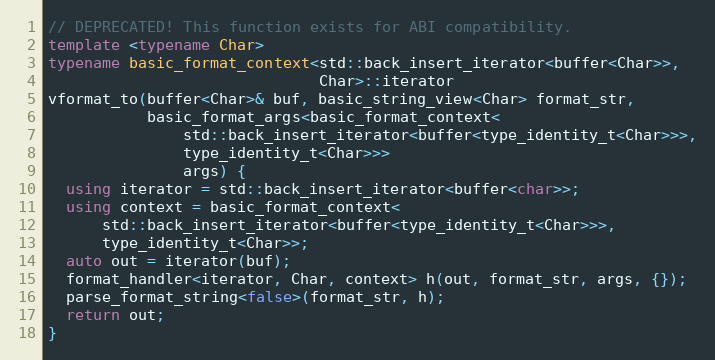
Language: C++
// DEPRECATED! This function exists for ABI compatibility.
template <typename Char>
typename basic_format_context<std::back_insert_iterator<buffer<Char>>,
                              Char>::iterator
vformat_to(buffer<Char>& buf, basic_string_view<Char> format_str,
           basic_format_args<basic_format_context<
               std::back_insert_iterator<buffer<type_identity_t<Char>>>,
               type_identity_t<Char>>>
               args) {
  using iterator = std::back_insert_iterator<buffer<char>>;
  using context = basic_format_context<
      std::back_insert_iterator<buffer<type_identity_t<Char>>>,
      type_identity_t<Char>>;
  auto out = iterator(buf);
  format_handler<iterator, Char, context> h(out, format_str, args, {});
  parse_format_string<false>(format_str, h);
  return out;
}